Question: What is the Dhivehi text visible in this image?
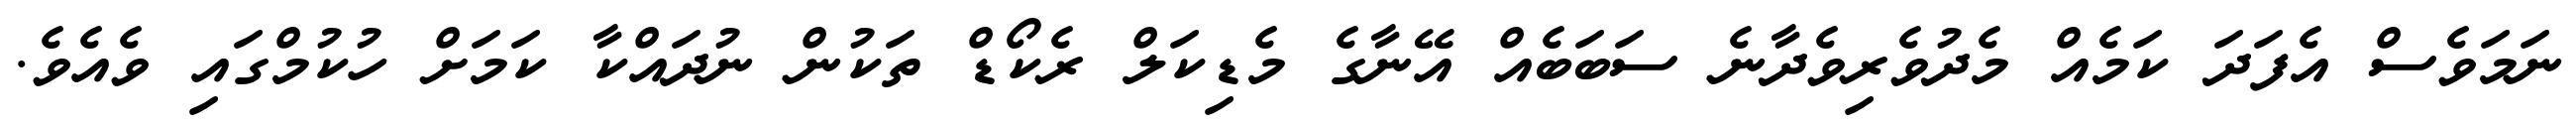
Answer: ނަމަވެސް އެފަދަ ކަމެއް މެދުވެރިވެދާނެ ސަބަބެއް އޭނާގެ މެޑިކަލް ރެކޯޑް ތަކުން ނުދައްކާ ކަމަށް ހުކުމްގައި ވެއެވެ.